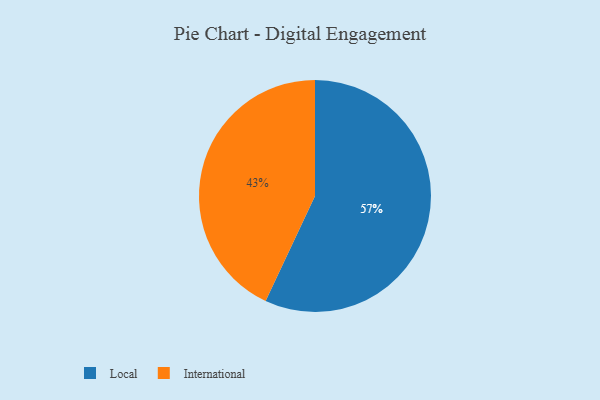
{"axis": {"x": "Category", "y": "Percentage"}, "legend": ["International", "Local"], "data": [{"x": "International", "y": 43, "type": "International"}, {"x": "Local", "y": 57, "type": "Local"}]}